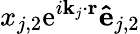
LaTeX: x_{j,2}\textrm{e}^{i\mathbf{k}_{j}\cdot\mathbf{r}}\mathbf{\hat{e}}_{j,2}